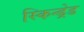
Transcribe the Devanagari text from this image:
स्किन्ड्रेड